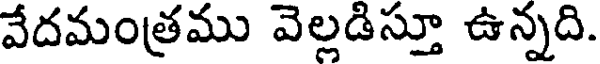
వేదమంత్రము వెల్లడిస్తూ ఉన్నది.